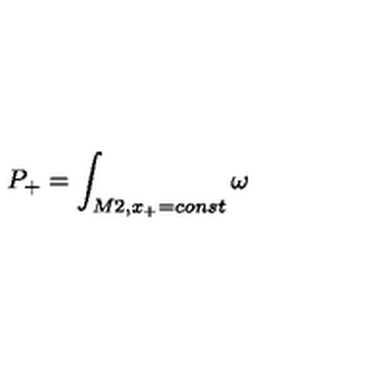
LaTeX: P _ { + } = \int _ { M 2 , x _ { + } = c o n s t } \omega